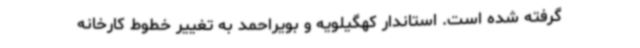
گرفته شده است. استاندار کهگیلویه و بویراحمد به تغییر خطوط کارخانه